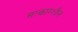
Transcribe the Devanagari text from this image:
सत्कारशील